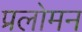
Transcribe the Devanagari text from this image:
प्रलोमन